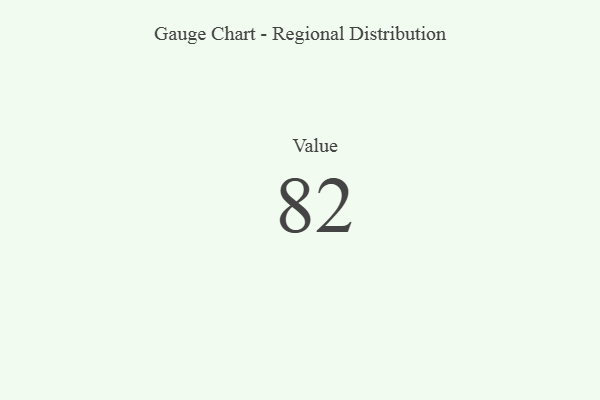
{"axis": {"x": "Metric", "y": "Value"}, "legend": [""], "data": [{"x": "Value", "y": 82, "type": ""}]}